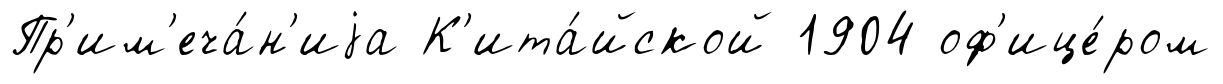
Пр'им'еча́н'иjа К'ита́йской 1904 оф'ице́ром